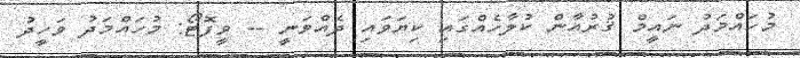
މުހައްމަދު ނައީމް ޤުރުއާން ކުލާހެއްގައި ކިޔަވައި ދެއްވަނީ -- ވީފޮޓޯ: މުހައްމަދު ވަހީދު